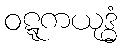
ဝဋ္ဋကယုဒ္ဓံ